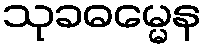
သုခဓမ္မေန